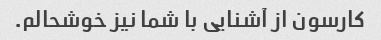
کارسون از آشنایی با شما نیز خوشحالم.